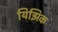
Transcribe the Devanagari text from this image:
यिझिक